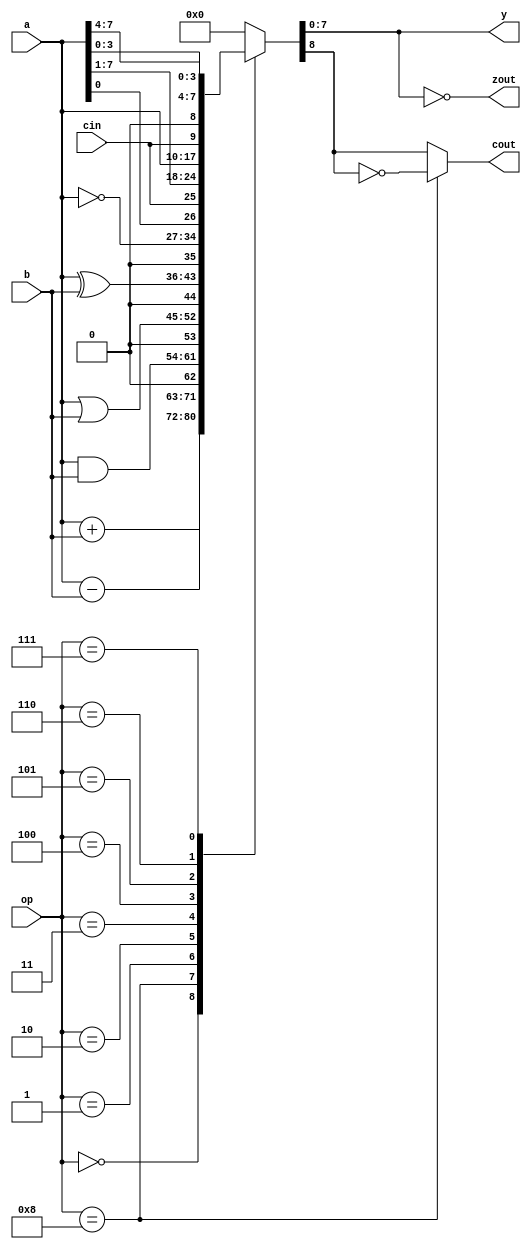
module alu (
   op,
   a,
   b,
   y,
   cin,
   cout,
   zout
);

input  [3:0]	op;	// ALU Operation
input  [7:0]	a;	// 8-bit Input a
input  [7:0]	b;	// 8-bit Input b
output [7:0]	y;	// 8-bit Output
input		cin;
output		cout;
output		zout;
//
// Copyright (c) 1999 Thomas Coonan (tcoonan@mindspring.com)
//
//    This source code is free software; you can redistribute it
//    and/or modify it in source code form under the terms of the GNU
//    General Public License as published by the Free Software
//    Foundation; either version 2 of the License, or (at your option)
//    any later version.
//
//    This program is distributed in the hope that it will be useful,
//    but WITHOUT ANY WARRANTY; without even the implied warranty of
//    MERCHANTABILITY or FITNESS FOR A PARTICULAR PURPOSE.  See the
//    GNU General Public License for more details.
//
//    You should have received a copy of the GNU General Public License
//    along with this program; if not, write to the Free Software
//    Foundation, Inc., 59 Temple Place - Suite 330, Boston, MA 02111-1307, USA
//

// Reg declarations for outputs
reg		cout;
reg		zout;
reg [7:0]	y;

// Internal declarations
reg		addercout; // Carry out straight from the adder itself.
 
parameter [3:0] ALUOP_ADD  = 4'b0000;
parameter [3:0] ALUOP_SUB  = 4'b1000;
parameter [3:0] ALUOP_AND  = 4'b0001;
parameter [3:0] ALUOP_OR   = 4'b0010;
parameter [3:0] ALUOP_XOR  = 4'b0011;
parameter [3:0] ALUOP_COM  = 4'b0100;
parameter [3:0] ALUOP_ROR  = 4'b0101;
parameter [3:0] ALUOP_ROL  = 4'b0110;
parameter [3:0] ALUOP_SWAP = 4'b0111;


always @(a or b or cin or op) begin
   case (op) // synopsys parallel_case
      ALUOP_ADD:  {addercout,  y}  = a + b;
      ALUOP_SUB:  {addercout,  y}  = a - b; // Carry out is really "borrow"
      ALUOP_AND:  {addercout,  y}  = {1'b0, a & b};
      ALUOP_OR:   {addercout,  y}  = {1'b0, a | b};
      ALUOP_XOR:  {addercout,  y}  = {1'b0, a ^ b};
      ALUOP_COM:  {addercout,  y}  = {1'b0, ~a};
      ALUOP_ROR:  {addercout,  y}  = {a[0], cin, a[7:1]};
      ALUOP_ROL:  {addercout,  y}  = {a[7], a[6:0], cin};
      ALUOP_SWAP: {addercout,  y}  = {1'b0, a[3:0], a[7:4]};
      default:    {addercout,  y}  = {1'b0, 8'h00};
   endcase
end

always @(y)
   zout = (y == 8'h00);

always @(addercout or op)
   if (op == ALUOP_SUB) cout = ~addercout; // Invert adder's carry to get borrow
   else                 cout =  addercout;
      
endmodule